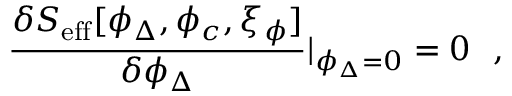
\frac { \delta S _ { \mathrm { e f f } } [ \phi _ { \Delta } , \phi _ { c } , \xi _ { \phi } ] } { \delta \phi _ { \Delta } } | _ { \phi _ { \Delta } = 0 } = 0 ~ ~ ,